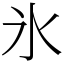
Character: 氷